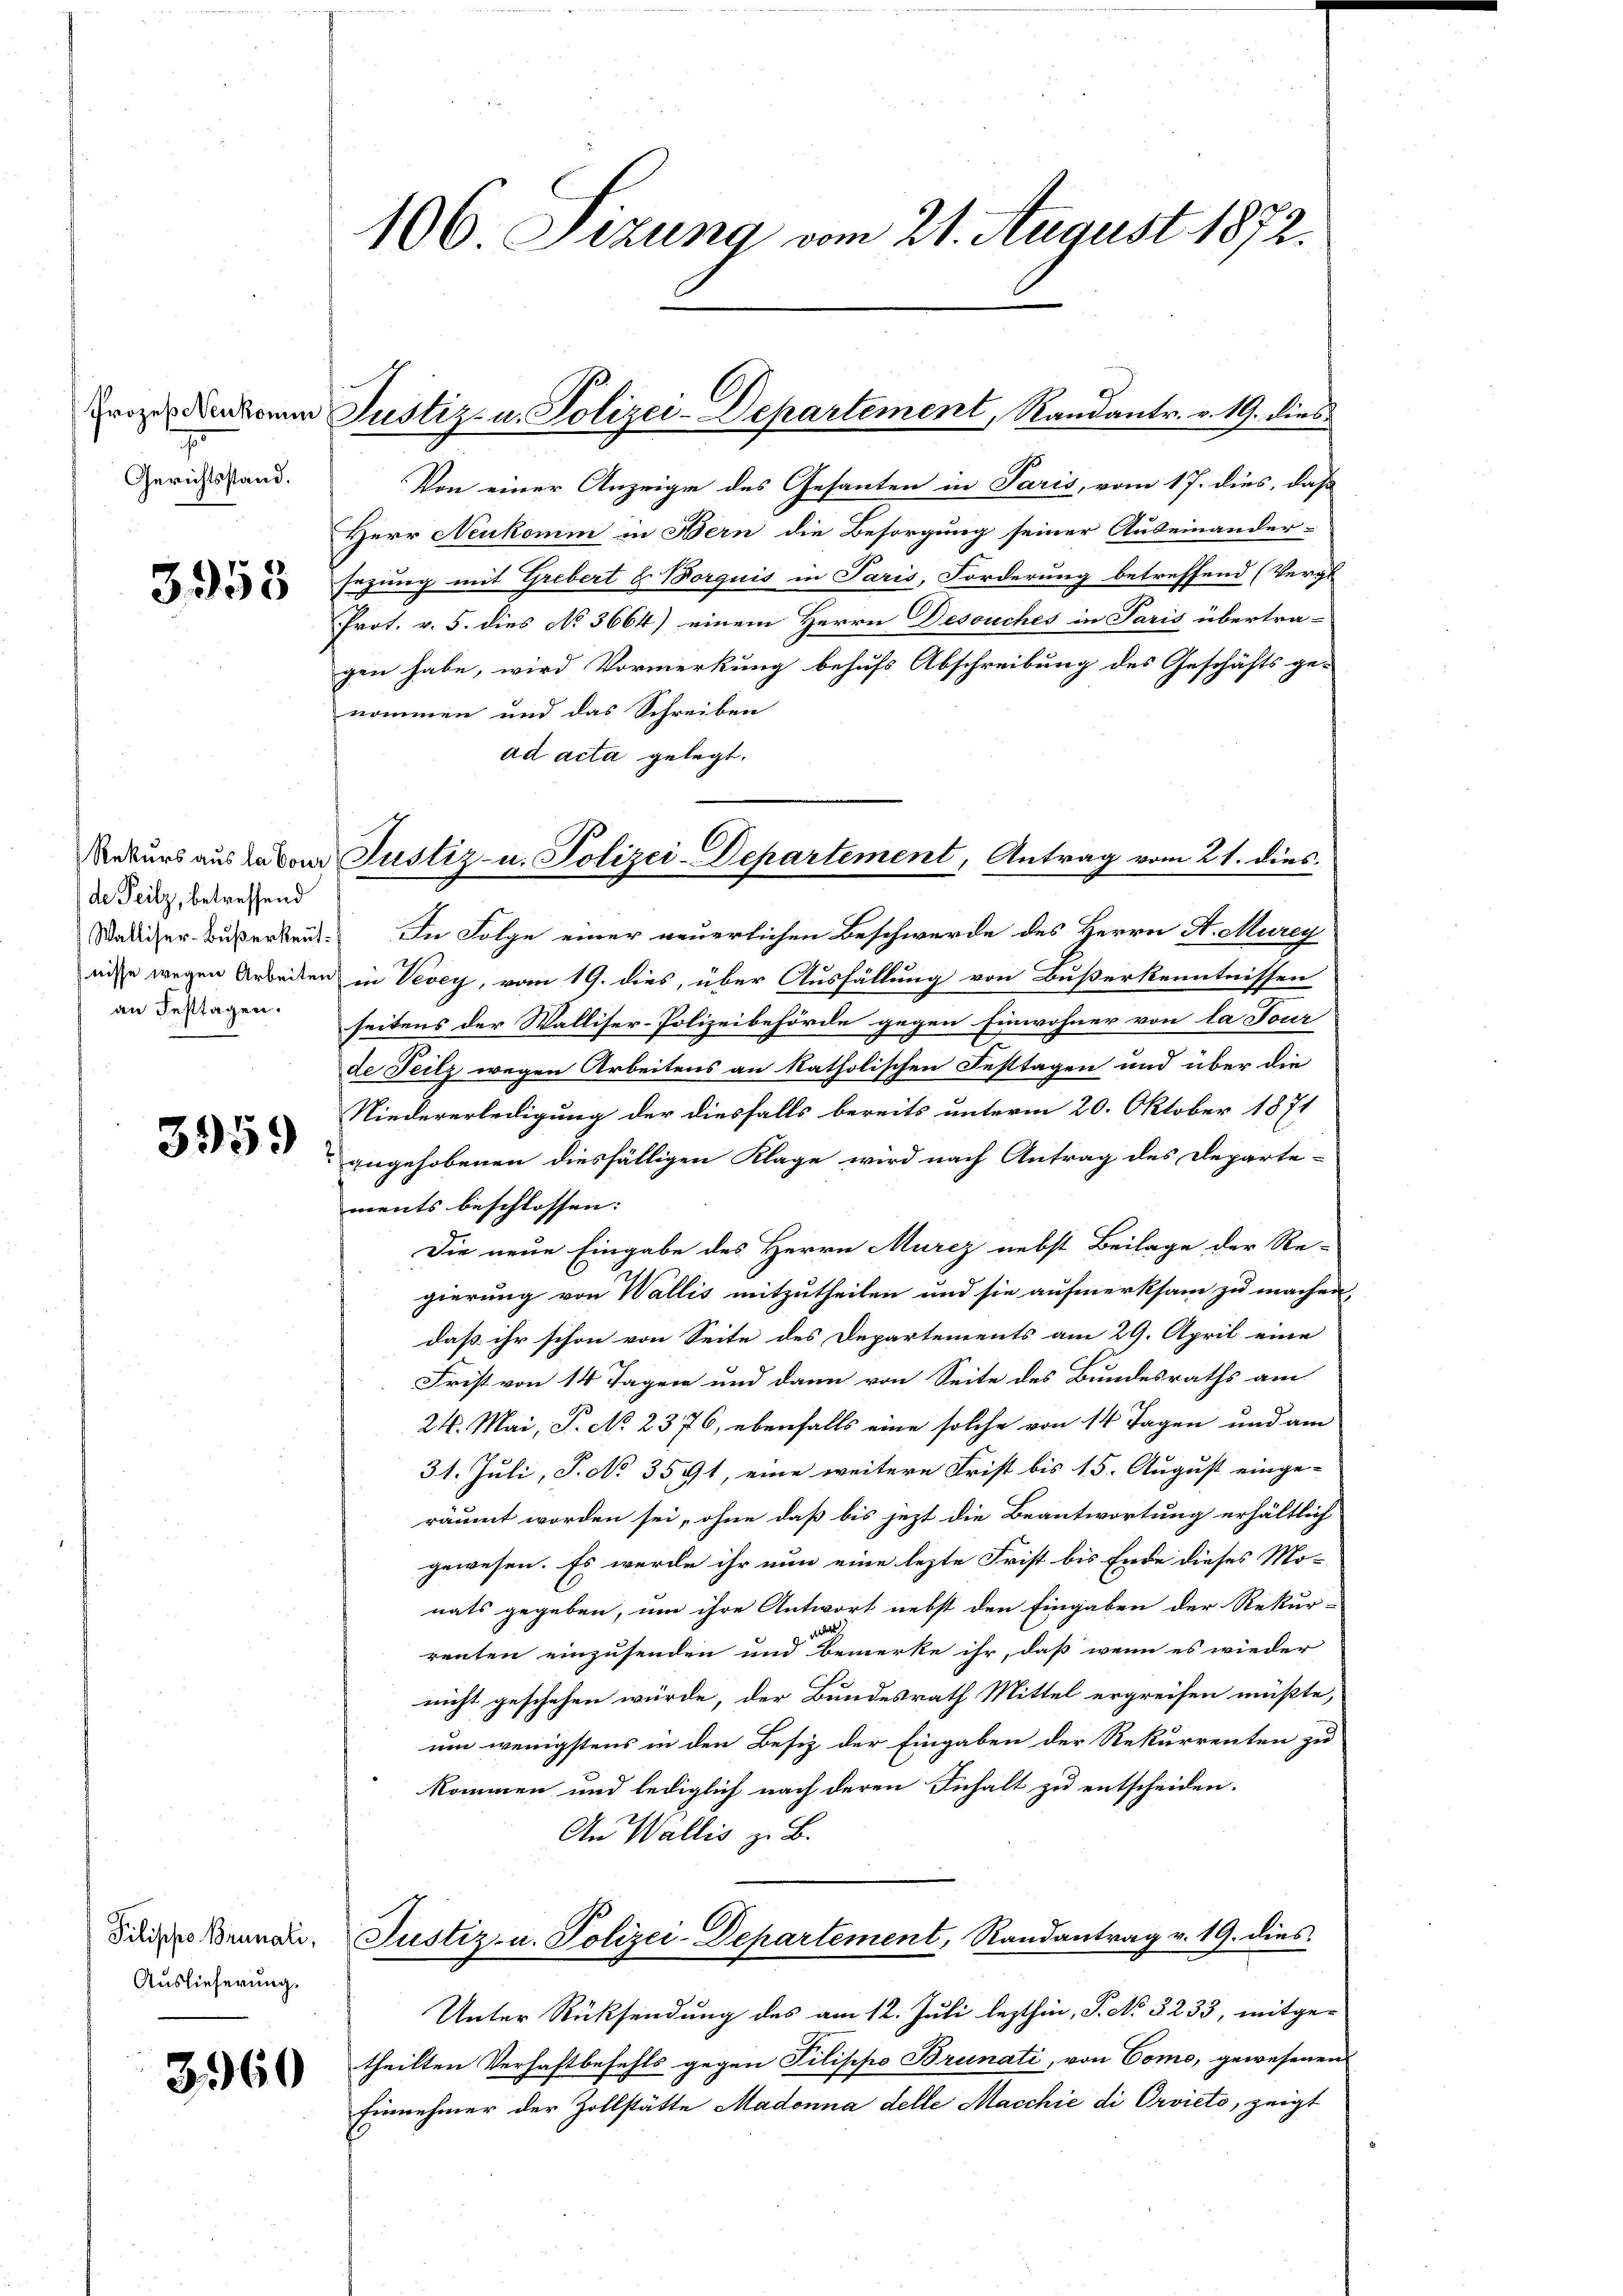
Prozeß Neukommn
Gerichtsstand.

3958

de Teilz, betreffend
(Walliser-Bußerleut
nisse wegen Arbeiten
an Festtagen.

3959

Pilipho Brunali,
Auslieferung.

3360

2

106 Sizung vom 21. August 1872.

Justiz- u. Polizei-Departement, Randantr. v. 19. dies

Rekurs aus davon Justiz- u. Polizei-Departement, Antrag vom 21. dies

Von einer Anzeigen des Gesanten in Paris, vom 17. dies, daß
Herr Neukomm in Bern die Besorgung seiner Auseinander-
sezung mit Grebert u Borquis in Paris, Forderung betreffend (Vergl
Prot. v. 5. dies No 3664) einem Herrn Desouches in Paris übertra-
gen habe, wird Vormerkung behufs Abschreibung des Geschäfts ge-
nommen und das Schreiben
ad acta gelegt.
In Folge einer neuerlichen Beschwerde des Herrn A. Murey
in Vevey, vom 19. dies, über Ausfällung von Bußerkenntnissen
seitens der Walliser-Polizeibehörde gegen Einwohner von la Four
de Teilz wegen Arbeitens an katholischen Festtagen und über die
Niedererledigung der diesfalls bereits unterm 20. Oktober 1871
angehobenen diesfälligen Klage wird nach Antrag des Departe-
ments beschlossen:
Die neue Eingabe des Herrn Murcz nebst Beilage der Re-
gierung von Wallis mitzutheilen und sie aufmerksam zu machen,
daß ihr schon von Seite des Departements am 29. April eine
Frist von 14 Tagen und dann von Seite des Bundesraths am
24. Mai, P. No 2376, ebenfalls eine solche von 14 Tagen und am
31. Juli, S. No. 3591, eine weitere Frist bis 15. August einge-
räumt worden sei, ohne daß bis jezt die Beantwortung erhältlich
gewesen. Es werde ihr nun eine lezte Frist bis Ende dieses Mo-
nats gegeben, um ihre Antwort nebst den Eingaben der Rekur-

renten einzusenden und bemerke ihr, daß wenn es wieder
nicht geschehen würde, der Bundesrath Mittel ergreifen müßte,
um wenigstens in den Besiz der Eingaben der Rekurrenten zu
kommen und lediglich nach deren Inhalt zu entscheiden.
An Wallis zu B.
Justiz- u. Polizei-Departement, Randantrag v. 19. dies
Unter Rücksendung des am 12. Juli lezthin, S. No 3233, mitge-
theilten Verhaftbefehls gegen Pilippo Brunati, von Como, gewesenen
Einnehmer der Zollstätte Madonna delle Maschie di Orvieto, zeigt